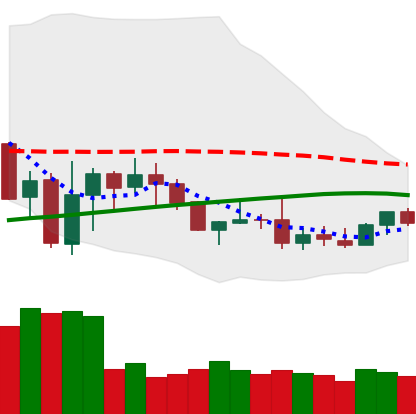
Ticker: DOGE-USD
Chart end date: 2019-08-02
Forward return: 3.335%
Label: up_3_5